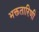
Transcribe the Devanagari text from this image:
भक्ततारिणी